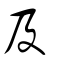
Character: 及